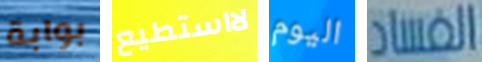
بوابة لااستطيع اليوم الفساد